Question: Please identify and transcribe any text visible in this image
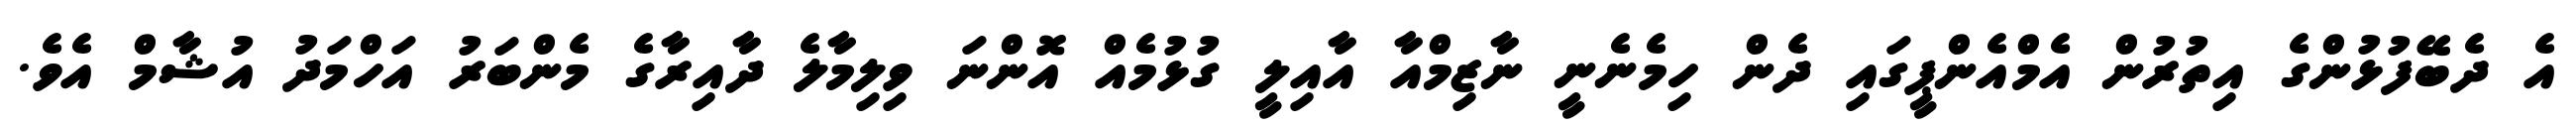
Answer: އެ ދެބޭފުޅުންގެ އިތުރުން އެމްއެންޕީގައި ދެން ހިމެނެނީ ނާޒިމްއާ އާއިލީ ގުޅުމެއް އޮންނަ ވިލިމާލެ ދާއިރާގެ މެންބަރު އަހްމަދު އުޝާމް އެވެ.